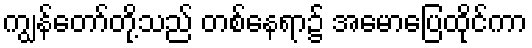
ကျွန်တော်တို့သည် တစ်နေရာ၌ အမောပြေထိုင်ကာ